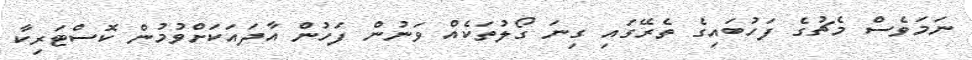
ނަމަވެސް މެޗުގެ ފަހުބައިގެ ތެރޭގައި ގިނަ ގޯލުތަކެއް ވަނުން ފަހުން އާދައަކަށްވުމުން ކޮސްޓަރިކާ